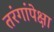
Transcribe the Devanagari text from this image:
तरंगांपेक्षा